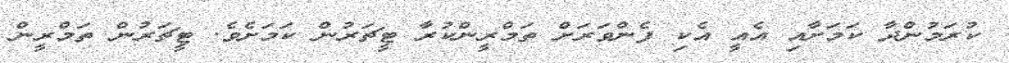
ކުރަމުންދާ ކަމަށާއި އެއީ އެކި ފެންވަރަށް ތަމްރީންކުރާ ޓީޗަރުން ކަމަށެވެ. ޓީޗަރުން ތަމްރީން